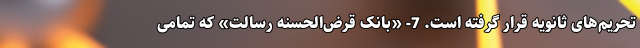
تحریم‌های ثانویه قرار گرفته است. 7- «بانک قرض‌الحسنه رسالت» که تمامی